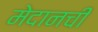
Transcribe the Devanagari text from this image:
मेदानची